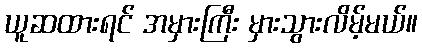
ယူဆထားရင် အမှားကြီး မှားသွားလိမ့်မယ်။